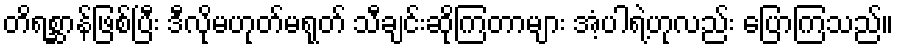
တိရစ္ဆာန်ဖြစ်ပြီး ဒီလိုမဟုတ်မရုတ် သီချင်းဆိုကြတာများ အံ့ပါရဲ့ဟုလည်း ပြောကြသည်။